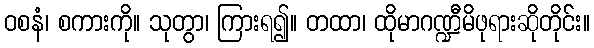
ဝစနံ၊ စကားကို။ သုတွာ၊ ကြားရ၍။ တထာ၊ ထိုမာဂဏ္ဍီမိဖုရားဆိုတိုင်း။